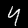
Digit: 4